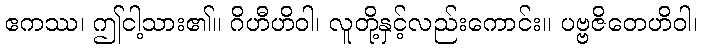
ဧကဿ၊ ဤငါ့သား၏။ ဂိဟီဟိဝါ၊ လူတို့နှင့်လည်းကောင်း။ ပဗ္ဗဇိတေဟိဝါ၊